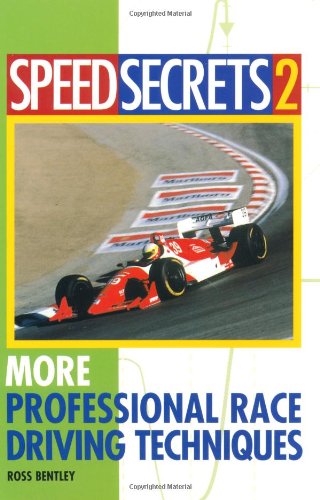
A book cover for Speed Secrets II: More Professional Race Driving Techniques; Ross Bentley; Engineering & Transportation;